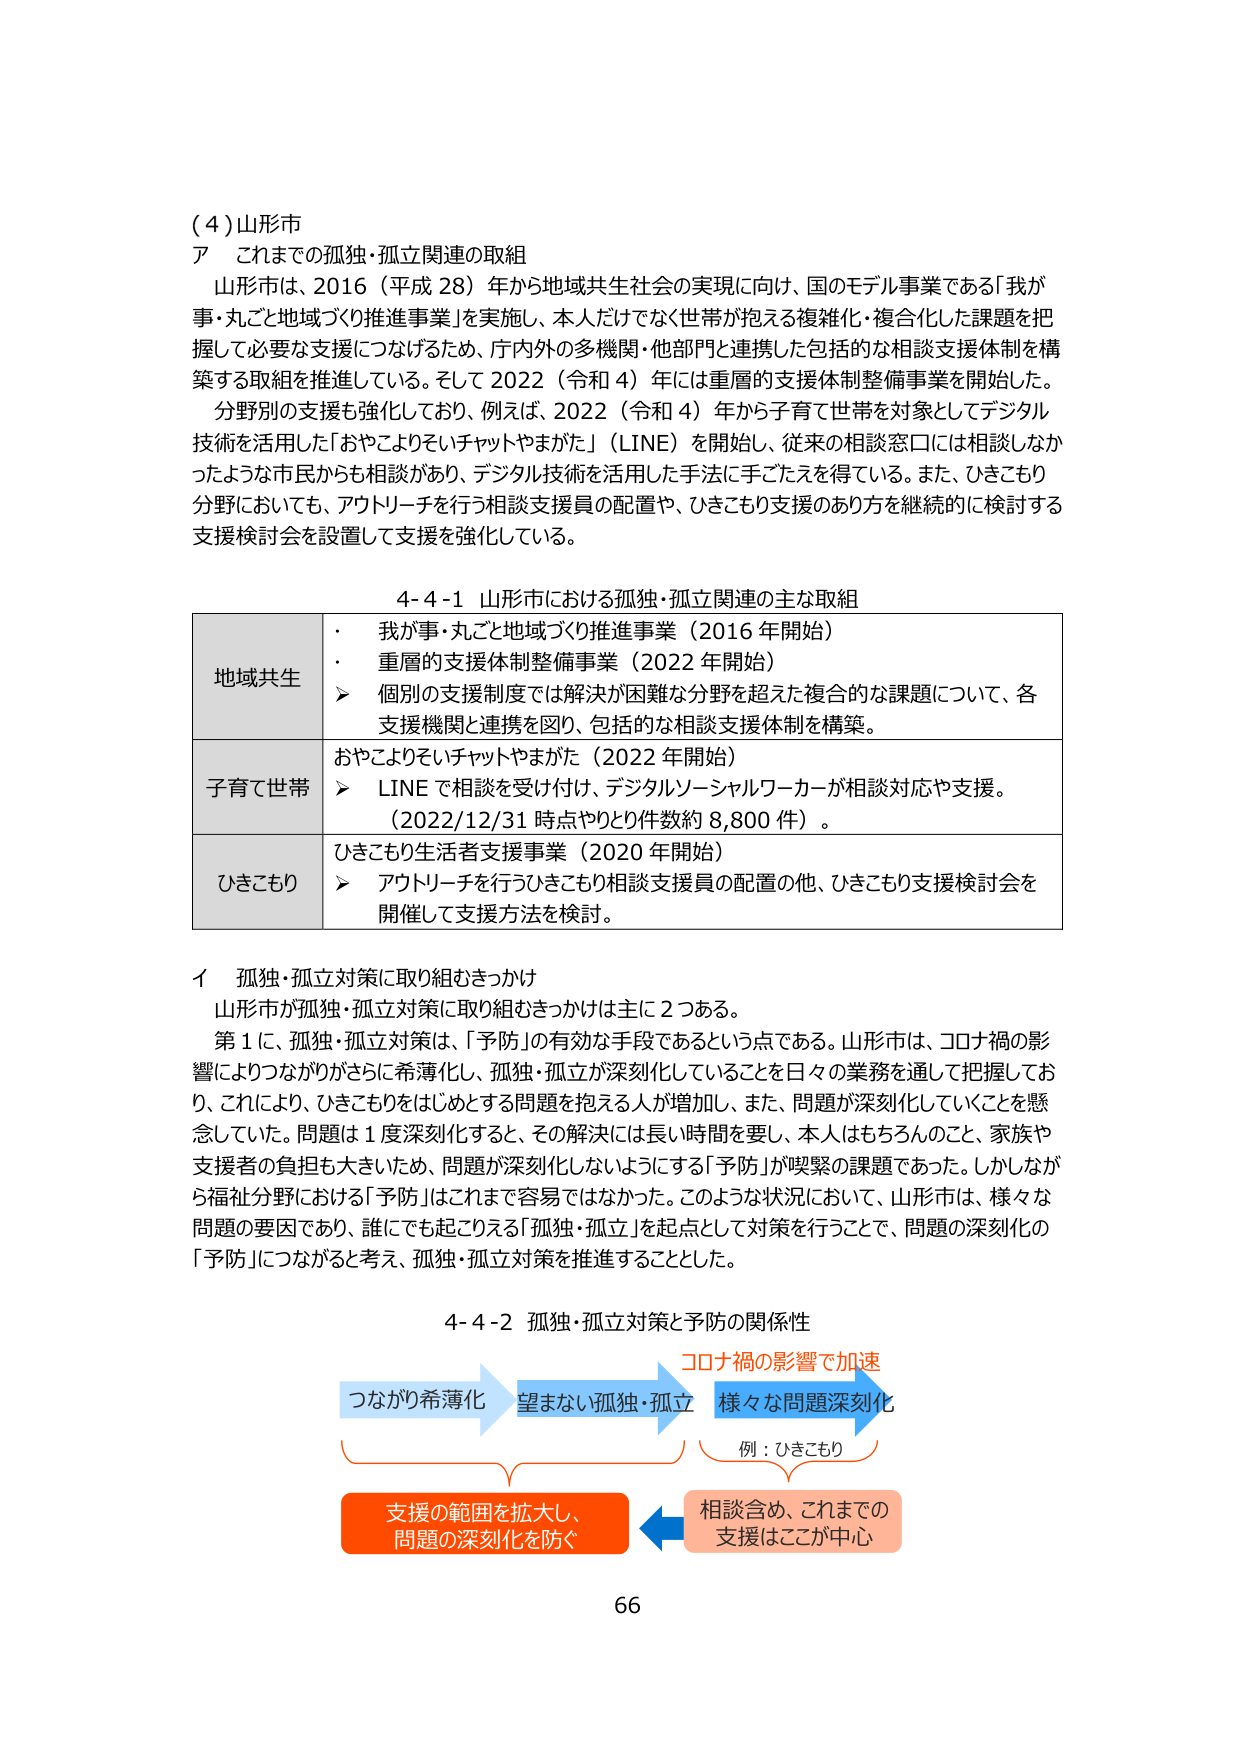
（４）山形市
ア　これまでの孤独・孤立関連の取組
　山形市は、2016（平成28）年から地域共生社会の実現に向け、国のモデル事業である「我が事・丸ごと地域づくり推進事業」を実施し、本人だけでなく世帯が抱える複雑化・複合化した課題を把握して必要な支援につなげるため、庁内外の多機関・他部門と連携した包括的な相談支援体制を構築する取組を推進している。そして2022（令和4）年には重層的支援体制整備事業を開始した。
　分野別の支援を強化しており、例えば、2022（令和4）年から子育て世帯を対象としてデジタル技術を活用した「おやこよりそいチャットやまがた」（LINE）を開始し、従来の相談窓口には相談しなかったような市民からも相談があり、デジタル技術を活用した手法に手ごたえを得ている。また、ひきこもり分野においても、アウトリーチを行う相談支援員の配置や、ひきこもり支援のあり方を継続的に検討する支援検討会を設置して支援を強化している。

4-4-1 山形市における孤独・孤立関連の主な取組
地域共生
・　我が事・丸ごと地域づくり推進事業（2016年開始）
・　重層的支援体制整備事業（2022年開始）
　　➤　個別の支援制度では解決が困難な分野を超えた複合的な課題について、各支援機関と連携を図り、包括的な相談支援体制を構築。
子育て世帯
　おやこよりそいチャットやまがた（2022年開始）
　　➤　LINEで相談を受け付け、デジタルソーシャルワーカーが相談対応や支援。
　　（2022/12/31時点やとり件数約8,800件）。
ひきこもり
　ひきこもり生活者支援事業（2020年開始）
　　➤　アウトリーチを行うひきこもり相談支援員の配置の他、ひきこもり支援検討会を開催して支援方法を検討。

イ　孤独・孤立対策に取り組むきっかけ
　山形市が孤独・孤立対策に取り組むきっかけは主に2つある。
　第1に、孤独・孤立対策は、「予防」の有効な手段であるという点である。山形市は、コロナ禍の影響によりつながりがさらに希薄化し、孤独・孤立が深刻化していることを日々の業務を通じて把握しており、これにより、ひきこもりをはじめとする問題を抱える人が増加し、また、問題が深刻化していくことを懸念していた。問題は1度深刻化すると、その解決には長い時間を要し、本人はもちろんのこと、家族や支援者の負担も大きいため、問題が深刻化しないようにする「予防」が喫緊の課題であった。しかしながら福祉分野における「予防」はこれまで容易ではなかった。このような状況において、山形市は、様々な問題の要因であり、誰にでも起こりえる「孤独・孤立」を起点として対策を行うことで、問題の深刻化の「予防」につながると考え、孤独・孤立対策を推進することとした。

4-4-2 孤独・孤立対策と予防の関係性
つながり希薄化　→　望まない孤独・孤立　→　様々な問題深刻化
　　　　　　　　　　　　　　　　　　　　　　　　　　　例：ひきこもり
　　　　　　　　　　　　　　　　　　　　　　　　　　　　↑
　　　　　　　　　　　　　　　　　　　　　　　　　　　　↓
　　　　　　　　　　　　　　　　　　　　　　　　　　相談含め、これまでの支援はここが中心
　　　　　　　　　　　　　　　　　　　　　　　　　　←
　　　　　　　　　　　　　　　　　　　　　　　支援の範囲を拡大し、
　　　　　　　　　　　　　　　　　　　　　　　問題の深刻化を防ぐ
コロナ禍の影響で加速
66